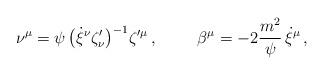
LaTeX: \begin{align*}\nu^\mu=\psi\,\big(\dot\xi{^\nu}\zeta^\prime_\nu\big)^{-1}\zeta{^{\prime\mu}} \, ,\hskip 1 cm \beta^\mu= -2{m^2\over\psi}\,\dot\xi{^\mu}\, ,\end{align*}